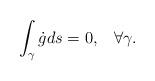
LaTeX: \begin{align*} \int_{\gamma} \dot{g} ds = 0, \;\;\; \forall\gamma.\end{align*}